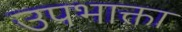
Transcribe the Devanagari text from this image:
उपभाक्ता